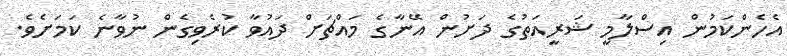
އެހެންކަމުން އިސްލާމީ ޝަރީއަތުގެ ދަށުން އޭނާގެ މައްޗަށް ދައުވާ ކުރެވިގެން ނުވާނެ ކަމަށެވެ.